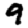
Digit: 9